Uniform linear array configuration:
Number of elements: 8
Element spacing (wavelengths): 1
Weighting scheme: binomial
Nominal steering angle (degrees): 0
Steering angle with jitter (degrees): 0.2458
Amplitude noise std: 0.05
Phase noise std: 0.05

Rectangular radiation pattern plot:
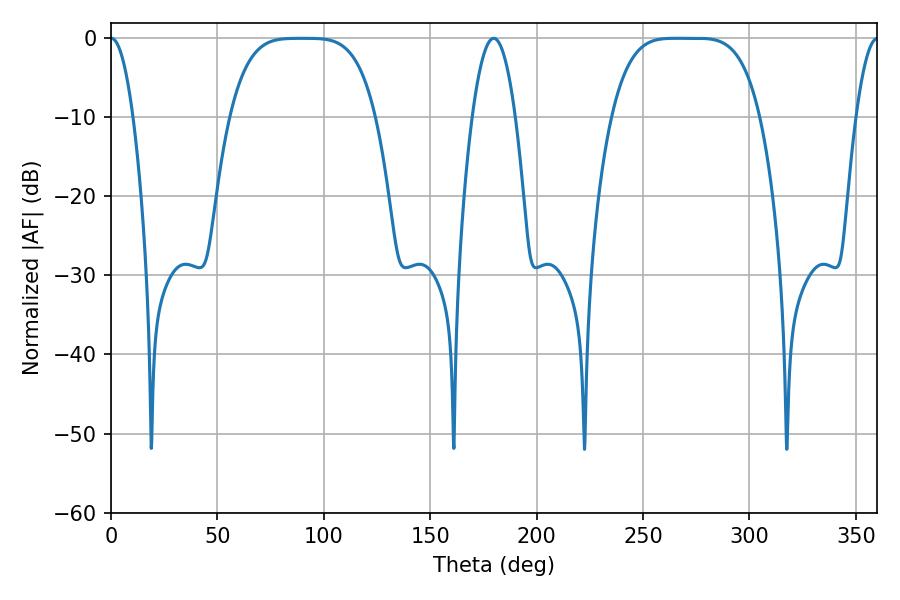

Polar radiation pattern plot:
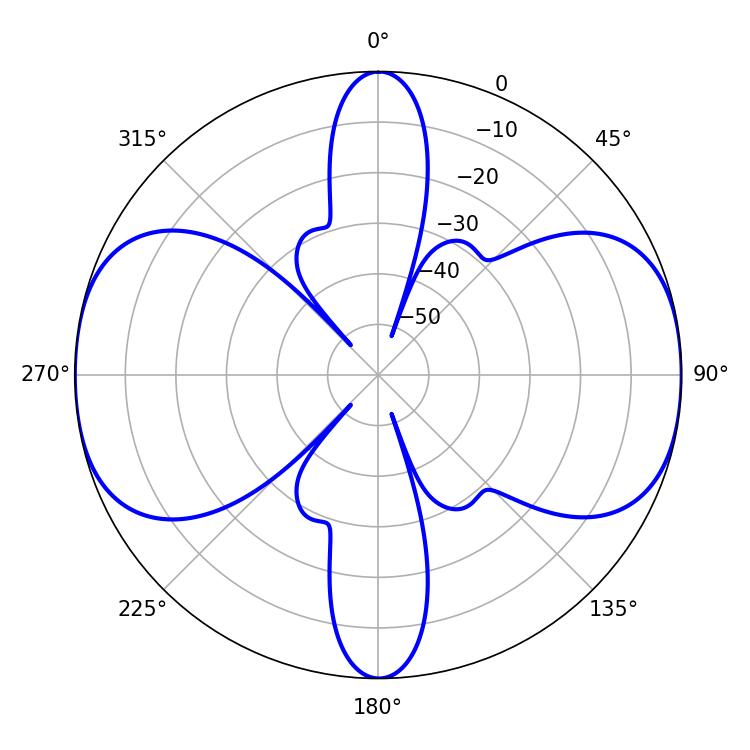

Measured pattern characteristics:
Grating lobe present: TRUE
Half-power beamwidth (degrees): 51.84
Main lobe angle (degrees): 265.5